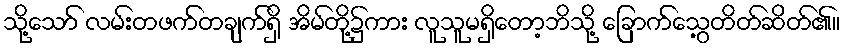
သို့သော် လမ်းတဖက်တချက်ရှိ အိမ်တို့၌ကား လူသူမရှိတော့ဘိသို့ ခြောက်သွေ့တိတ်ဆိတ်၏။